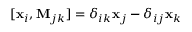
[ { \bf { x } } _ { i } , { \bf { M } } _ { j k } ] = \delta _ { i k } { \bf { x } } _ { j } - \delta _ { i j } { \bf { x } } _ { k }